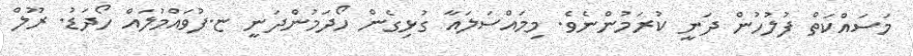
މަސައްކަތް ފުލުހުން ދަނީ ކުރަމުންނެވެ. މިމައްސަލައާ ގުޅިގެން ހޯދަމުންދަނީ ޏ.ފުވައްމުލައް ހޯދަޑު. ރޫލް